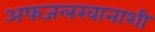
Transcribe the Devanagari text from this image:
अफजलखानाशी